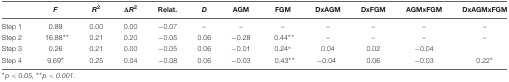
|  | F | R2 | ΔR2 | Relat. | D | AGM | FGM | DxAGM | DxFGM | AGMxFGM | DxAGMxFGM |
 | --- | --- | --- | --- | --- | --- | --- | --- | --- | --- | --- | --- |
 | Step 1 | 0.89 | 0.00 | 0.00 | −0.07 | – | – | – | – | – | – | – |
 | Step 2 | 16.88∗∗ | 0.21 | 0.20 | −0.05 | 0.06 | −0.28 | 0.44∗∗ | – | – | – | – |
 | Step 3 | 0.26 | 0.21 | 0.00 | −0.05 | 0.06 | −0.01 | 0.24∗ | 0.04 | 0.02 | −0.04 |  |
 | Step 4 | 9.69∗ | 0.25 | 0.04 | −0.08 | 0.06 | −0.03 | 0.43∗∗ | −0.04 | 0.06 | −0.03 | 0.22∗ |